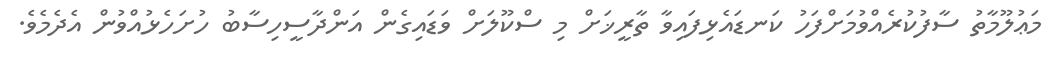
މަޢުލޫމާތު ސާފުކުރެއްވުމަށްފަހު ކަނޑައެޅިފައިވާ ތާރީޚަށް މި ސްކޫލަށް ވަޑައިގެން އަންދާސީހިސާބު ހުށަހެޅުއްވުން އެދެމެވެ.